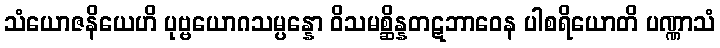
သံယောဇနိယေဟိ ပုဗ္ဗယောဂသမ္ပန္နော ဝိသမစ္ဆိန္နတဋဘာဝေန ပါစရိယောတိ ပဏ္ဏာသံ